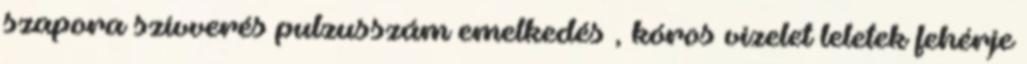
szapora szívverés pulzusszám emelkedés , kóros vizelet leletek fehérje